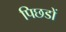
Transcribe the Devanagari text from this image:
पिछडों